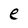
Character: e